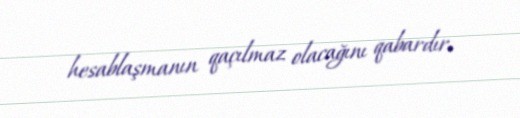
hesablaşmanın qaçılmaz olacağını qabardır.